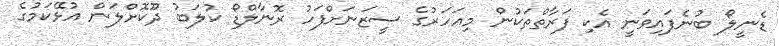
ޑެނީލޯ ބުނެފައިވަނީ އެކި ފަރާތްތަކުން މިއަހަރުގެ ސީޒަނަށްފަހު ރޮނާލްޑޯ ކުލަބު ދޫކޮށްލަން އުޅޭކަމުގެ